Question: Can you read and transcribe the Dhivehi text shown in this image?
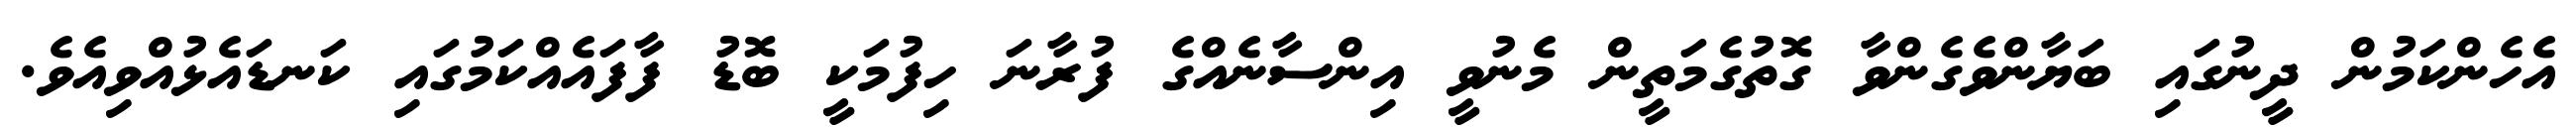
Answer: އެހެންކަމުން ދީނުގައި ބަޔާންވެގެންވާ ގޮތުގެމަތީން މެނުވީ އިންސާނެއްގެ ފުރާނަ ހިފުމަކީ ބޮޑު ފާފައެއްކަމުގައި ކަނޑައެޅުއްވިއެވެ.